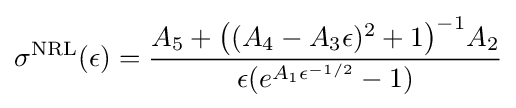
\sigma ^{\text{NRL}}(\epsilon )={\frac {A_{5}+{\big (}(A_{4}-A_{3}\epsilon )^{2}+1{\big )}^{-1}A_{2}}{\epsilon (e^{A_{1}\epsilon ^{-1/2}}-1)}}